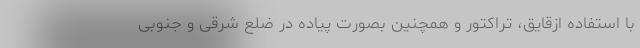
با استفاده ازقایق، تراکتور و همچنین بصورت پیاده در ضلع شرقی و جنوبی